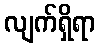
လျက်ရှိရာ